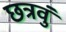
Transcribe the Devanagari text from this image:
छत्रवुं